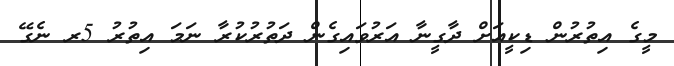
މީގެ އިތުރުން ޑިކީއަށް ދާގީނާ އަރުވައިގެން ދަތުރުކުރާ ނަމަ އިތުރު 5ރ ނެގޭ